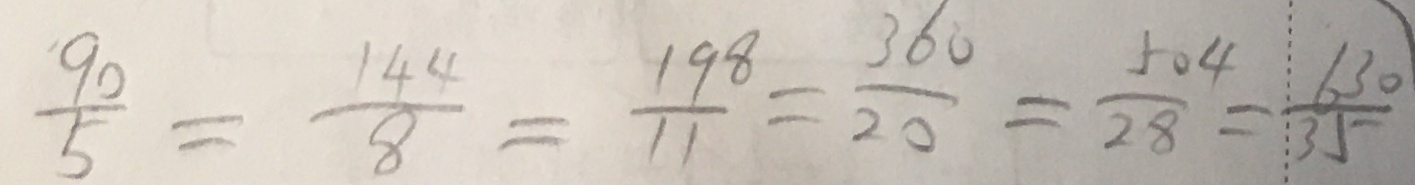
\frac { 9 0 } { 5 } = \frac { 1 4 4 } { 8 } = \frac { 1 9 8 } { 1 1 } = \frac { 3 6 0 } { 2 0 } = \frac { 5 0 4 } { 2 8 } = \frac { 6 3 0 } { 3 5 }